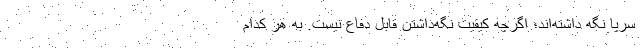
سرپا نگه داشته‌اند؛ اگرچه کیفیت نگه‌داشتن قابل دفاع نیست. به هر کدام